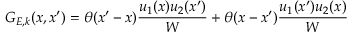
G _ { E , k } ( x , x ^ { \prime } ) = \theta ( x ^ { \prime } - x ) \frac { u _ { 1 } ( x ) u _ { 2 } ( x ^ { \prime } ) } { W } + \theta ( x - x ^ { \prime } ) \frac { u _ { 1 } ( x ^ { \prime } ) u _ { 2 } ( x ) } { W }